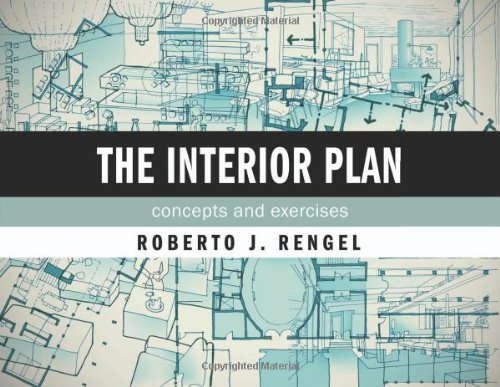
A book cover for The Interior Plan: Concepts and Exercises; Roberto J. Rengel; Arts & Photography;